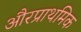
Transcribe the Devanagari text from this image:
औरप्राथमिक